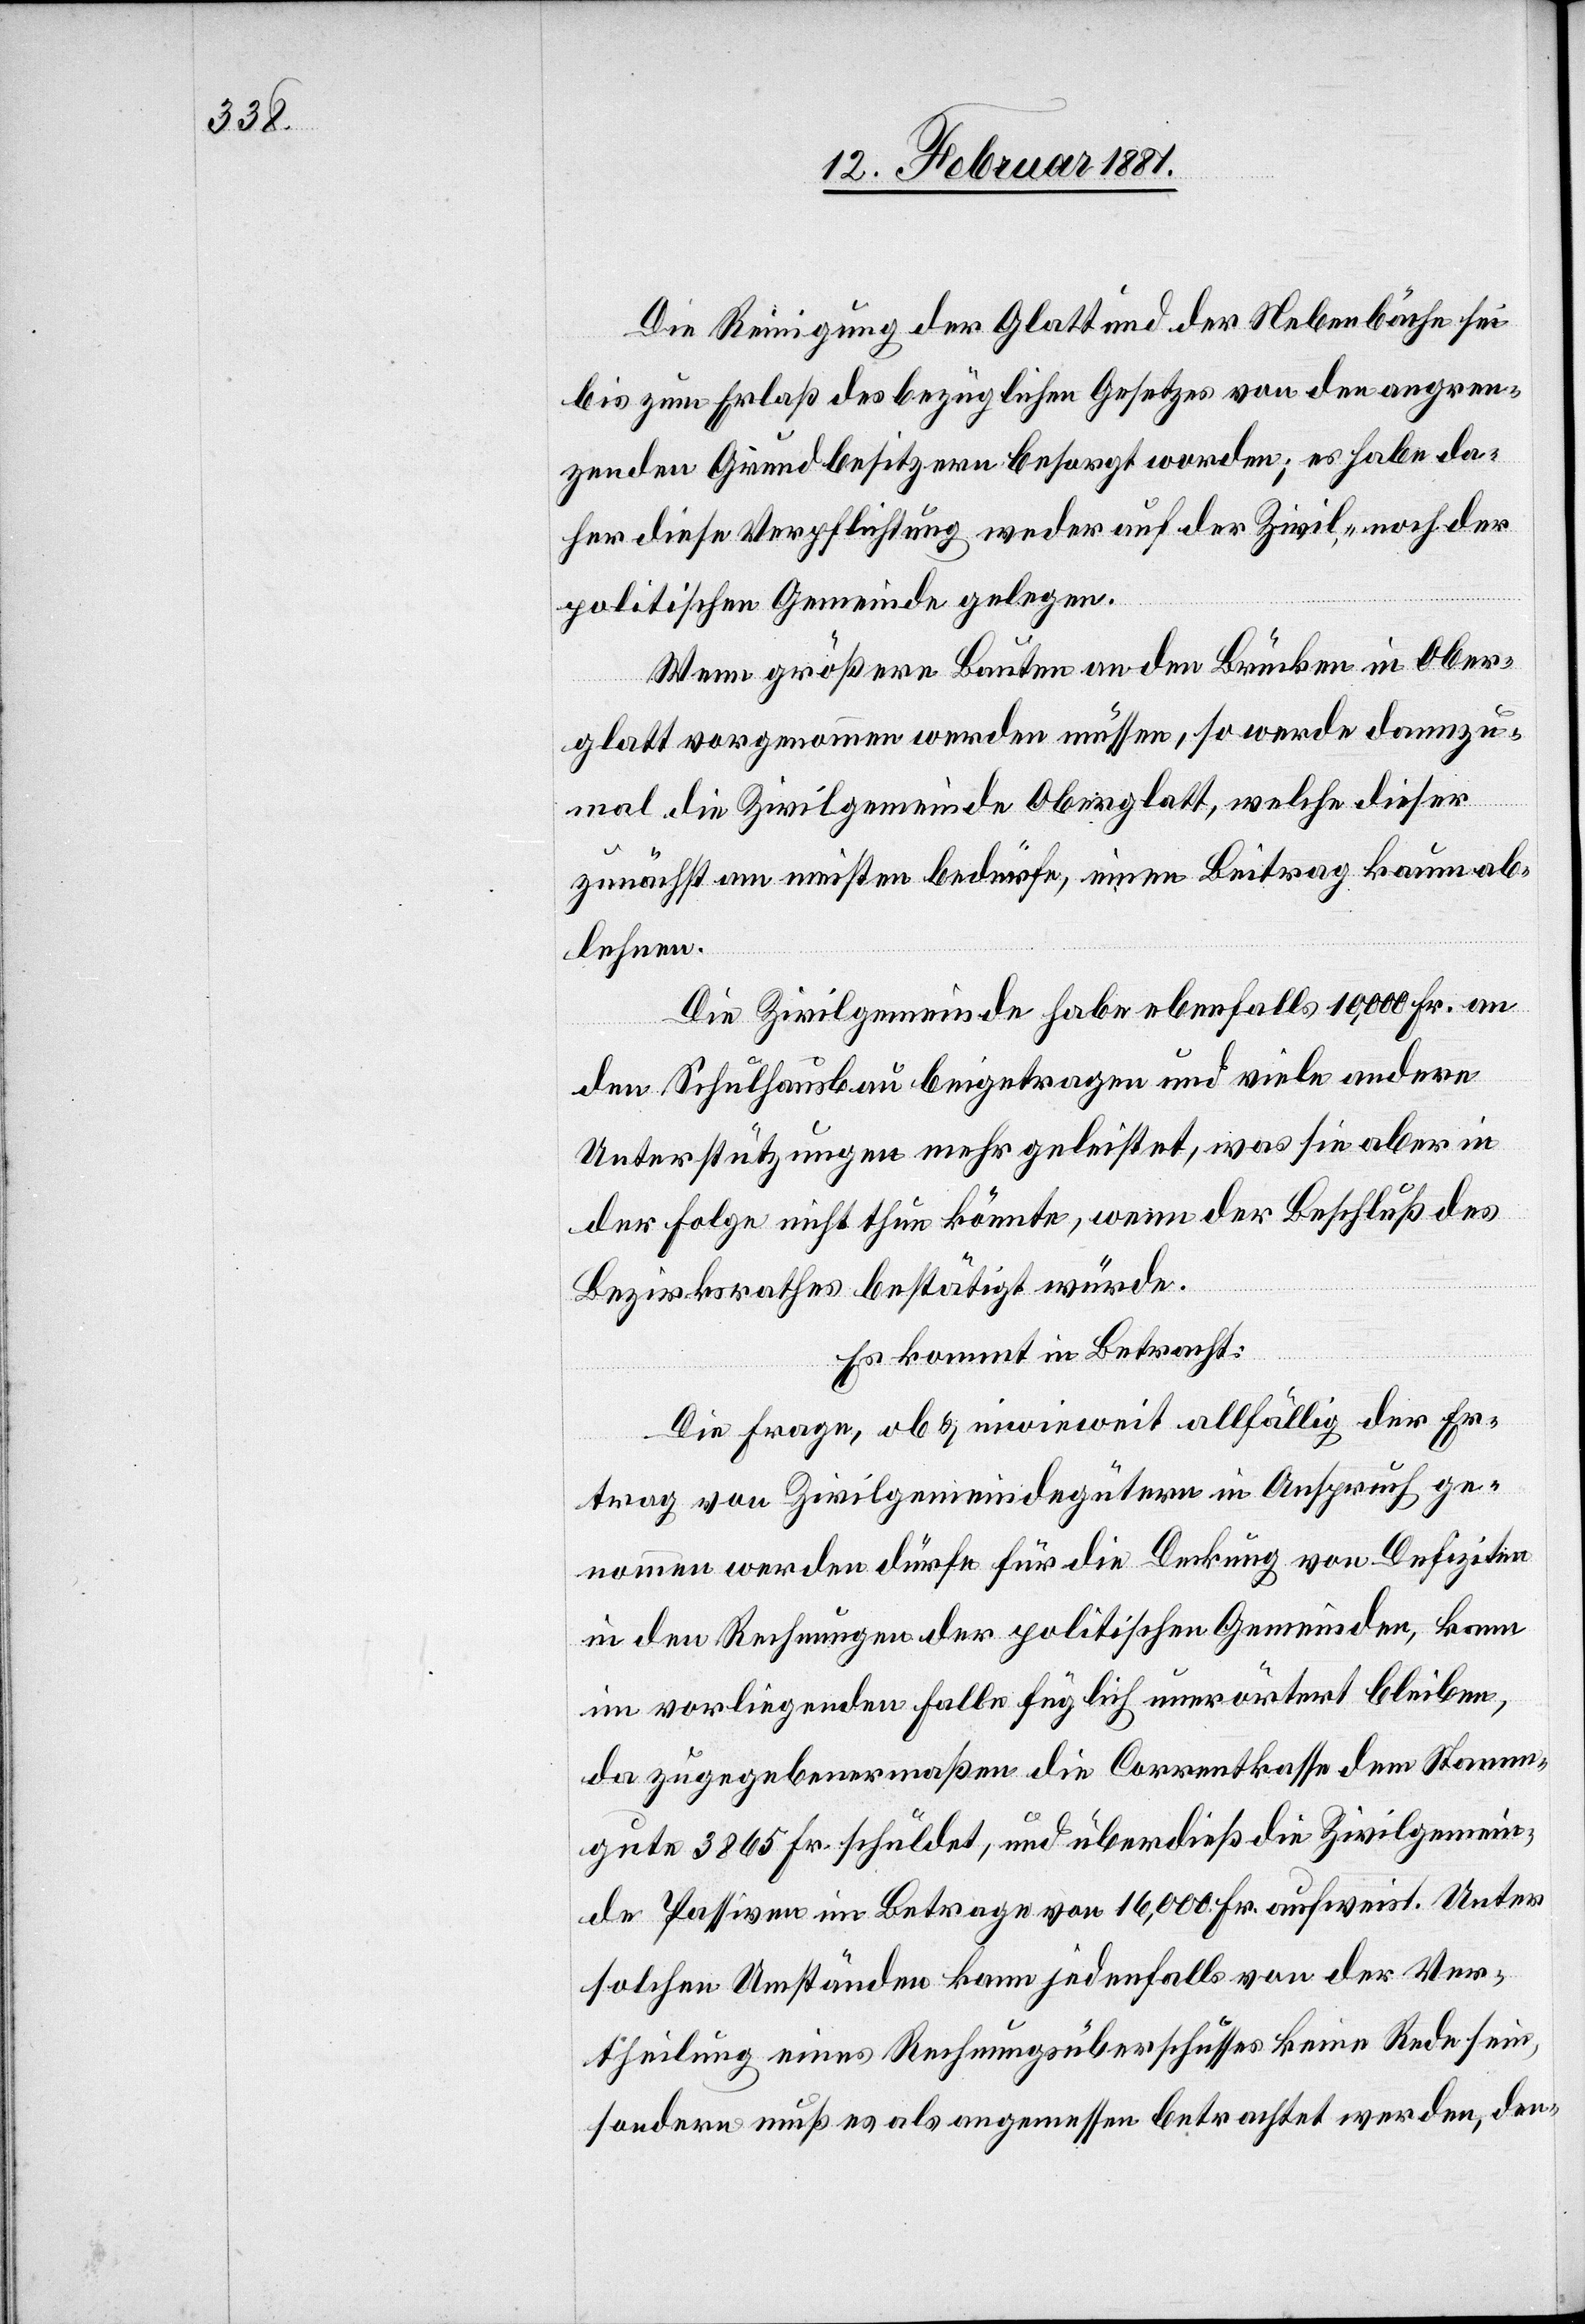
Die Reinigung der Glatt und der Nebenbäche sei
bis zum Erlaß des bezüglichen Gesetzes von den angren¬
zenden Grundbesitzern besorgt worden; es habe da¬
her diese Verpflichtung weder auf der Zivil- noch der
politischen Gemeinde gelegen.
Wenn größere Bauten an den Brücken in Ober¬
glatt vorgenommen werden müssen, so werde dannzu¬
mal die Zivilgemeinde Oberglatt, welche dieser
zunächst am meisten bedürfe, einen Beitrag kaum ab¬
lehnen.
Die Zivilgemeinde habe ebenfalls 10,000 Fr. an
den Schulhausbau beigetragen und viele andere
Unterstützungen mehr geleistet, was sie aber in
der Folge nicht tun könnte, wenn der Beschluß des
Bezirksrathes bestätigt würde.
Es kommt in Betracht:
Die Frage, ob & inwieweit allfällig der Er¬
trag von Zivilgemeindegütern in Anspruch ge¬
nommen werden dürfe für die Deckung von Defiziten
in den Rechnungen der politischen Gemeinden, kann
im vorliegenden Falle füglich unerörtert bleiben,
da zugegebenermaßen die Correntkasse dem Stamm¬
gute 3865 Fr. schuldet, und überdieß die Zivilgemein¬
de Passiven im Betrage von 16,000 Fr. aufweist. Unter
solchen Umständen kann jedenfalls von der Ver¬
theilung eines Rechnungsüberschusses keine Rede sein,
sondern muß es als angemessen betrachtet werden, den-